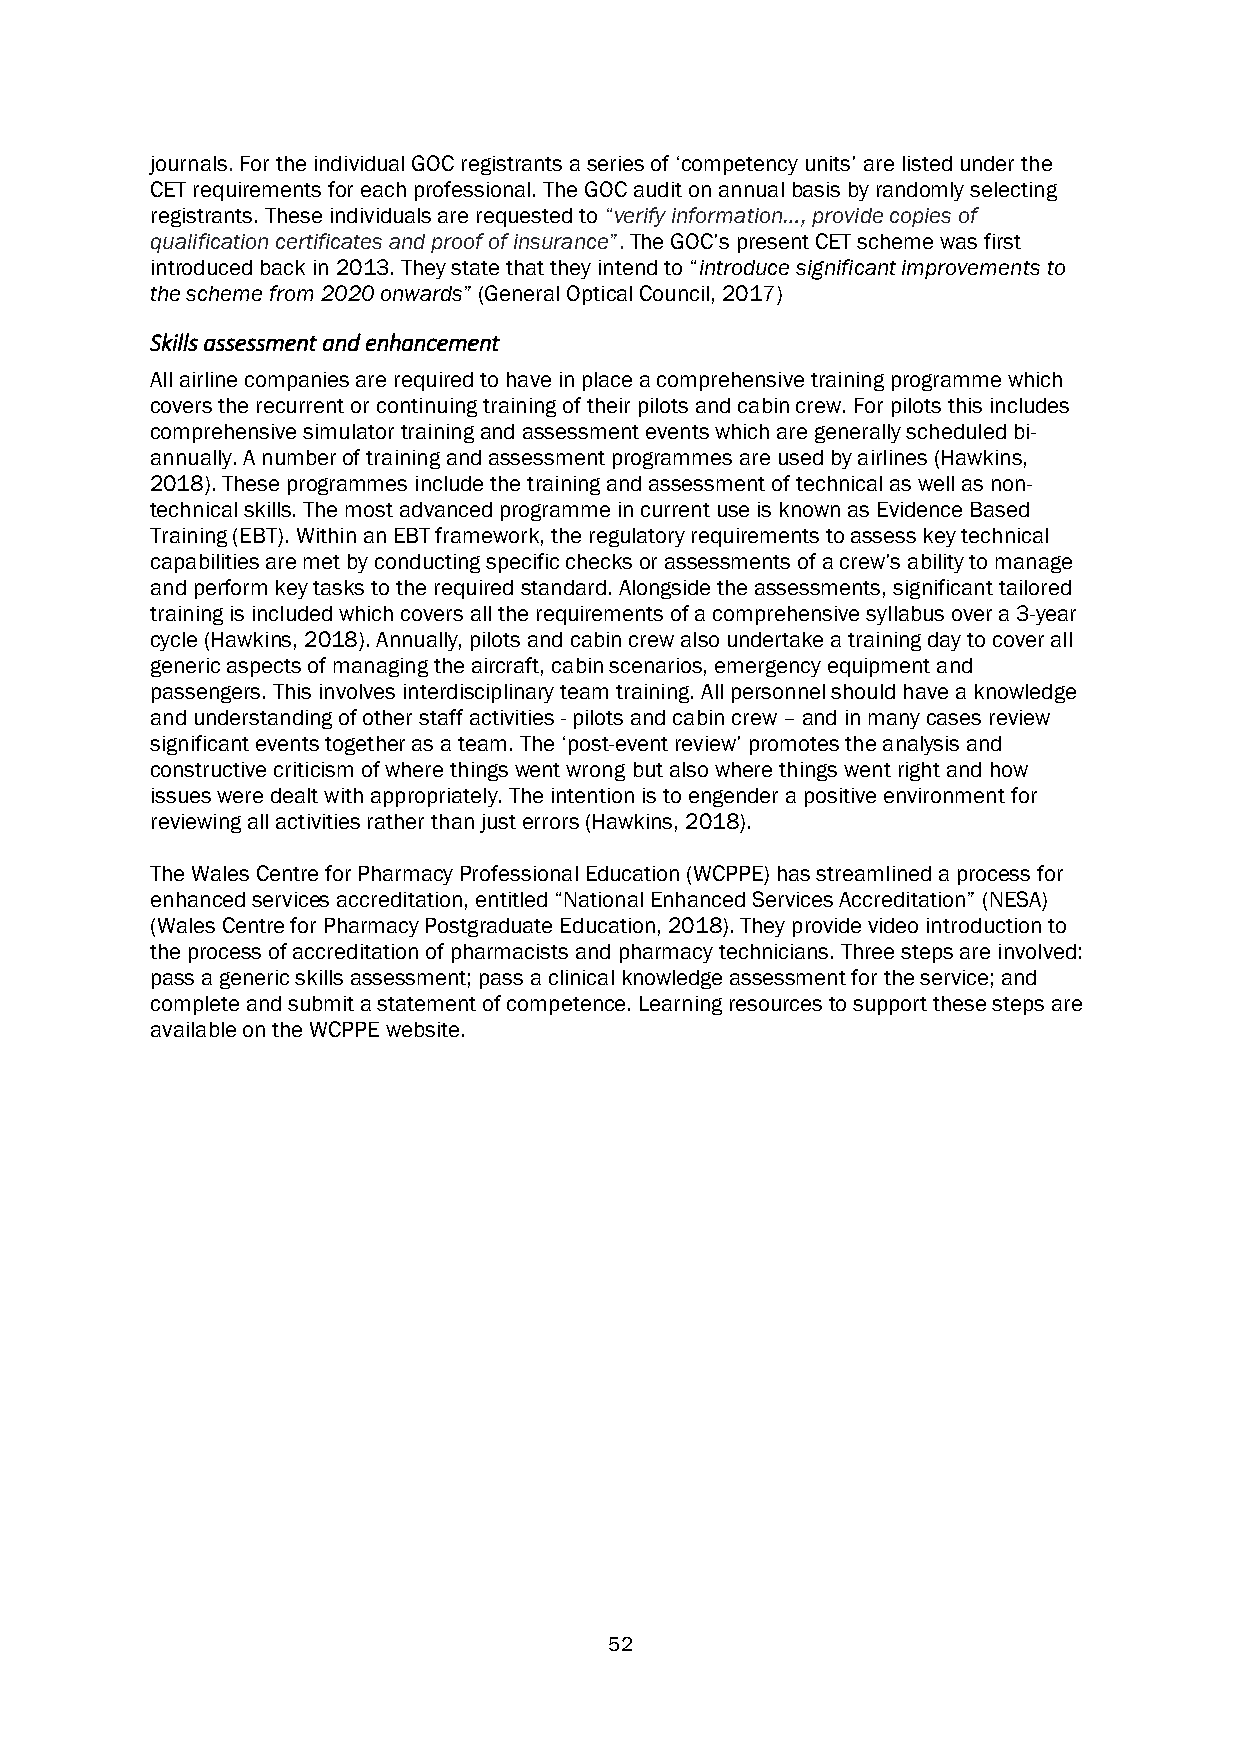
journals. For the individual GOC registrants a series of ‘competency units’ are listed under the
 CET requirements for each professional. The GOC audit on annual basis by randomly selecting
 registrants. These individuals are requested to “verify information…, provide copies of
 qualification certificates and proof of insurance”. The GOC’s present CET scheme was first
 introduced back in 2013. They state that they intend to “introduce significant improvements to
 the scheme from 2020 onwards” (General Optical Council, 2017)
 Skills assessment and enhancement
 All airline companies are required to have in place a comprehensive training programme which
 covers the recurrent or continuing training of their pilots and cabin crew. For pilots this includes
 comprehensive simulator training and assessment events which are generally scheduled bi-
 annually. A number of training and assessment programmes are used by airlines (Hawkins,
 2018). These programmes include the training and assessment of technical as well as non-
 technical skills. The most advanced programme in current use is known as Evidence Based
 Training (EBT). Within an EBT framework, the regulatory requirements to assess key technical
 capabilities are met by conducting specific checks or assessments of a crew’s ability to manage
 and perform key tasks to the required standard. Alongside the assessments, significant tailored
 training is included which covers all the requirements of a comprehensive syllabus over a 3-year
 cycle (Hawkins, 2018). Annually, pilots and cabin crew also undertake a training day to cover all
 generic aspects of managing the aircraft, cabin scenarios, emergency equipment and
 passengers. This involves interdisciplinary team training. All personnel should have a knowledge
 and understanding of other staff activities - pilots and cabin crew – and in many cases review
 significant events together as a team. The ‘post-event review’ promotes the analysis and
 constructive criticism of where things went wrong but also where things went right and how
 issues were dealt with appropriately. The intention is to engender a positive environment for
 reviewing all activities rather than just errors (Hawkins, 2018).
 The Wales Centre for Pharmacy Professional Education (WCPPE) has streamlined a process for
 enhanced services accreditation, entitled “National Enhanced Services Accreditation” (NESA)
 (Wales Centre for Pharmacy Postgraduate Education, 2018). They provide video introduction to
 the process of accreditation of pharmacists and pharmacy technicians. Three steps are involved:
 pass a generic skills assessment; pass a clinical knowledge assessment for the service; and
 complete and submit a statement of competence. Learning resources to support these steps are
 available on the WCPPE website.
 52